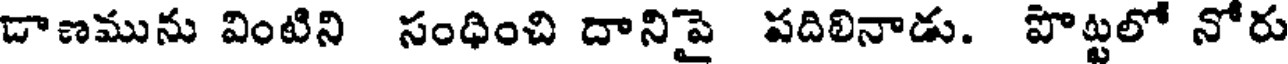
డాణమును వింటిని సంధించి దానిపై పదిలినాడు. పొట్టలో నోరు